Vaccination report Assam 1896-1927 - 1896-1927
Year: 1896
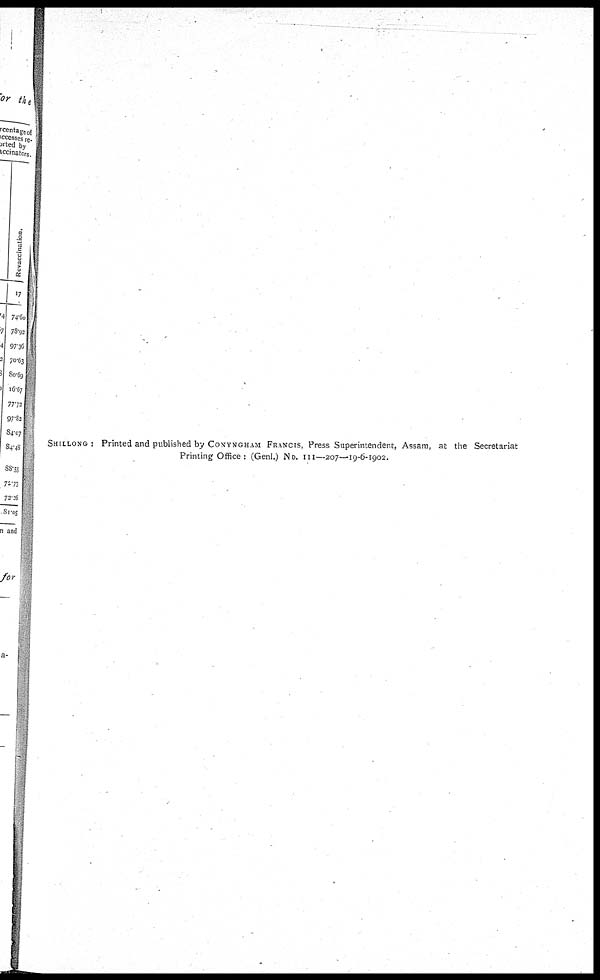
SHILLONG : Printed and published by CONYNGHAM FRANCIS, Press Superintendent, Assam, at the Secretariat
Printing Office : (Genl.) No. III—207— 19-6-1902.